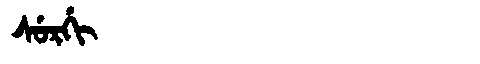
Manchu: ᠰᡠᡵᡤᡳ
Romanization: SURGI